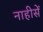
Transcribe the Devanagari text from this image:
नाहीसें